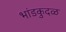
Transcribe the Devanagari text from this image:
भांडकुदळ